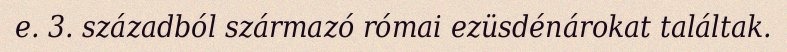
e. 3. századból származó római ezüsdénárokat találtak.